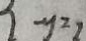
- y = 1